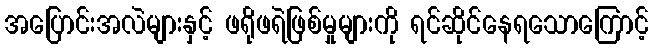
အပြောင်းအလဲများနှင့် ဖရိုဖရဲဖြစ်မှုများကို ရင်ဆိုင်နေရသောကြောင့်